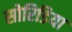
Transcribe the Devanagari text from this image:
सोरिडिया